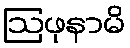
ဩဖုနာမိ